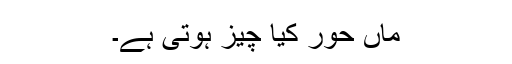
ماں حور کیا چیز ہوتی ہے۔